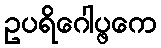
ဥပရိဂေါပ္ဖကေ